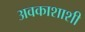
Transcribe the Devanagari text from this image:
अवकाशाशी